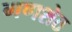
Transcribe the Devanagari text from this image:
गणशेठ